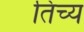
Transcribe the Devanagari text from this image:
तिच्य